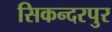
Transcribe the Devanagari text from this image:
सिकन्‍दरपुर